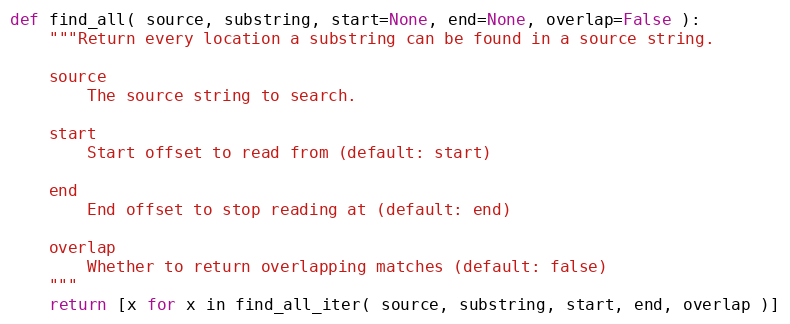
Language: Python
def find_all( source, substring, start=None, end=None, overlap=False ):
    """Return every location a substring can be found in a source string.

    source
        The source string to search.

    start
        Start offset to read from (default: start)

    end
        End offset to stop reading at (default: end)

    overlap
        Whether to return overlapping matches (default: false)
    """
    return [x for x in find_all_iter( source, substring, start, end, overlap )]